Document type: Sale
Year: 1423
Scribe: Joan Franc
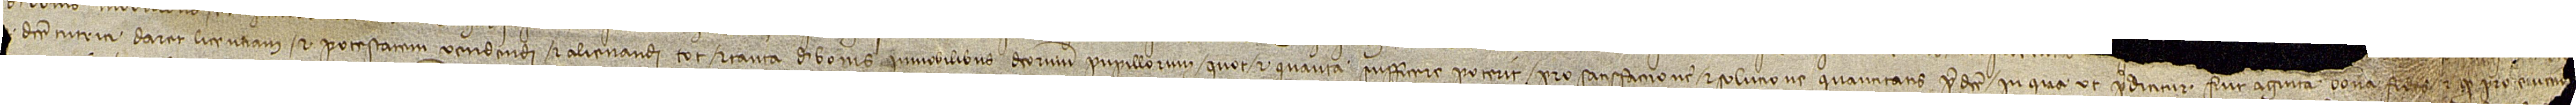
[...] dicte tutrici daret licenciam et potestatem vendendi et alienandi tot et tanta de bonis immobilibus dictorum pupillorum, quot et quanta sufficere poterit pro satisfaccione et solutione quantitatis predicte, in qua, ut predicitur, fuit agnita bona fides, et quod pro eum